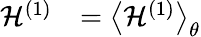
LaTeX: \begin{array}{cl}{\mathcal{H}^{(1)}}&{=\left<{\mathcal{H}^{(1)}}\right>_{\theta}}\end{array}